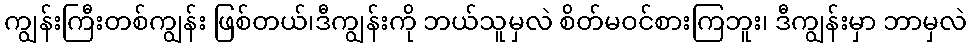
ကျွန်းကြီးတစ်ကျွန်း ဖြစ်တယ်၊ဒီကျွန်းကို ဘယ်သူမှလဲ စိတ်မဝင်စားကြဘူး၊ ဒီကျွန်းမှာ ဘာမှလဲ